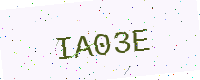
Text: IA03E